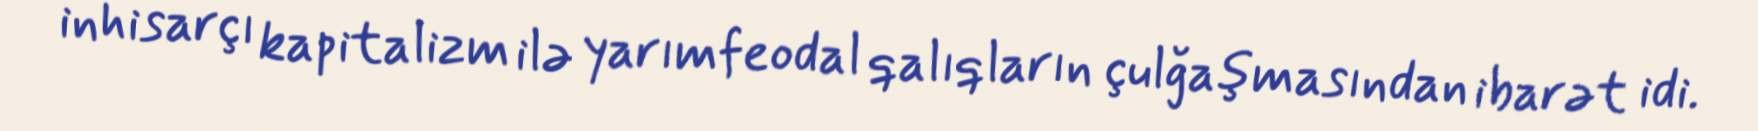
inhisarçı kapitalizm ilə yarımfeodal qalıqların çulğaşmasından ibarət idi.